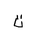
Letter: _ta